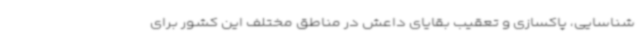
شناسایی، پاکسازی و تعقیب بقایای داعش در مناطق مختلف این کشور برای